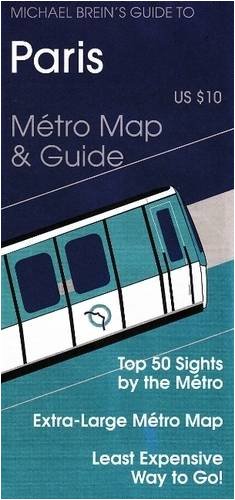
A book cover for Michael Brein's Guide to Paris by the Metro (Michael Brein's Guides to Sightseeing by Public Transportation) (Michael Brein's Guides to Sightseeing ... to Sightseeing by Public Transportation); Michael Brein; Engineering & Transportation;